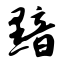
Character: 黯